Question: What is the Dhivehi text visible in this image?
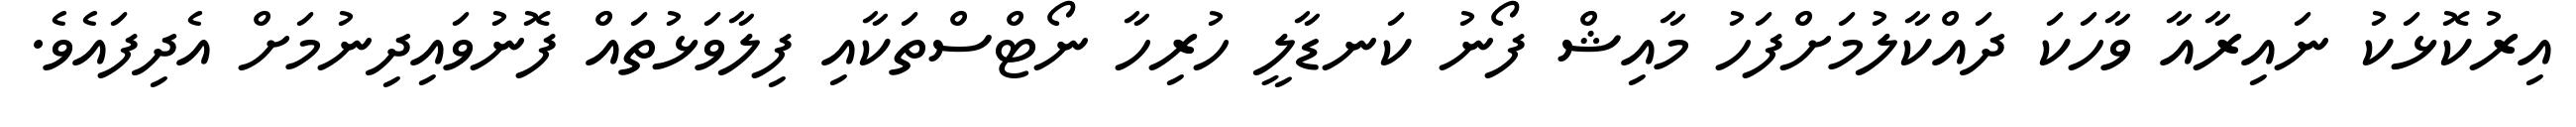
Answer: އިރުކޮޅަކު ނައިރާއާ ވާހަކަ ދައްކާލުމަށްފަހު މާއިޝް ފޯނު ކަނޑާލީ ހުރިހާ ނޯޓްސްތަކާއި ފިލާވަޅުތައް ފޮނުވައިދިނުމަށް އެދިފައެވެ.